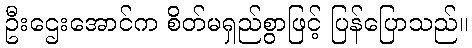
ဦးဌေးအောင်က စိတ်မရှည်စွာဖြင့် ပြန်ပြောသည်။